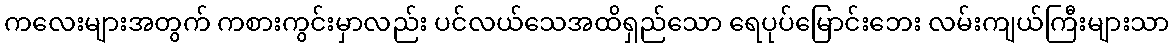
ကလေးများအတွက် ကစားကွင်းမှာလည်း ပင်လယ်သေအထိရှည်သော ရေပုပ်မြောင်းဘေး လမ်းကျယ်ကြီးများသာ